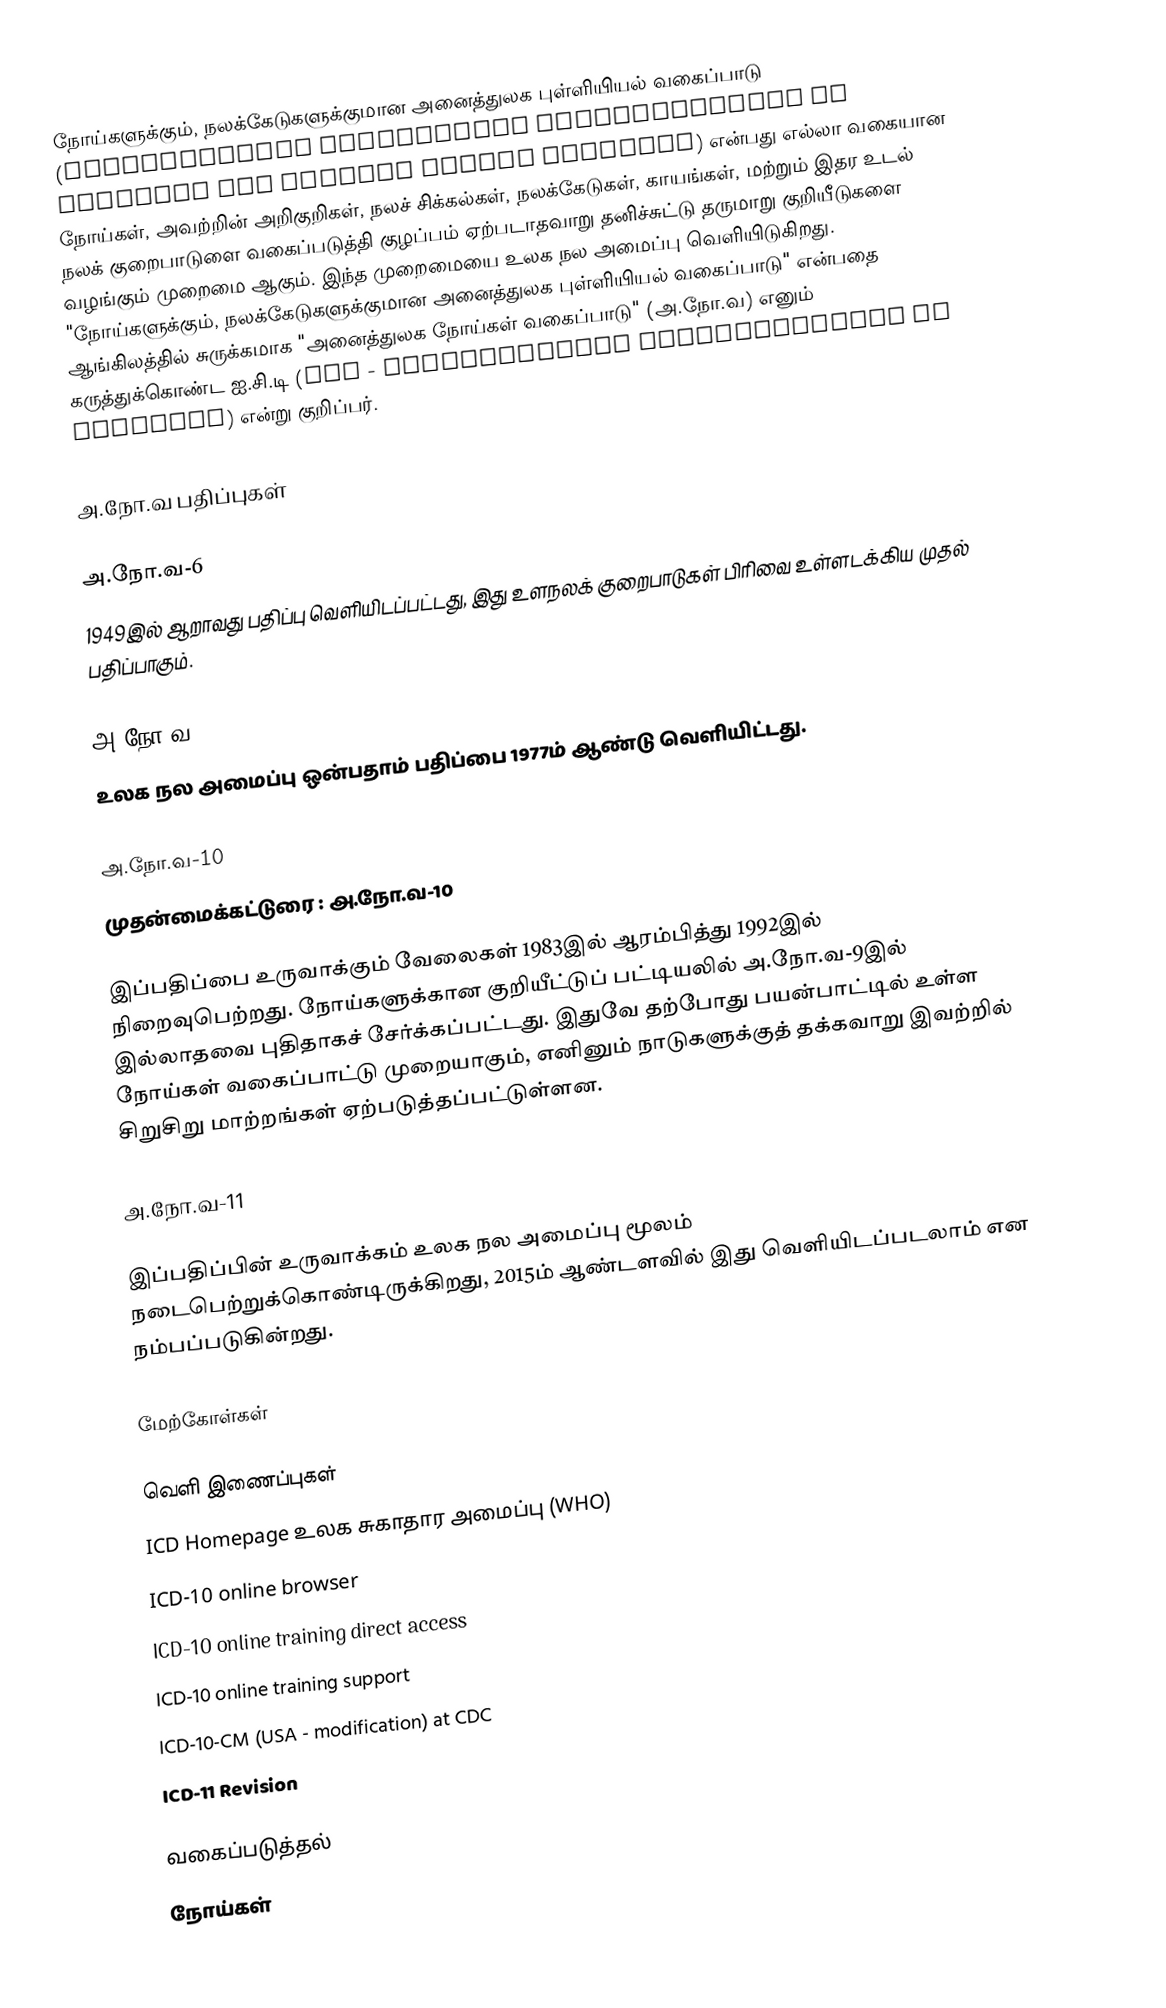
நோய்களுக்கும், நலக்கேடுகளுக்குமான அனைத்துலக புள்ளியியல் வகைப்பாடு (International Statistical Classification of Diseases and Related Health Problems) என்பது எல்லா வகையான நோய்கள், அவற்றின் அறிகுறிகள், நலச் சிக்கல்கள், நலக்கேடுகள், காயங்கள், மற்றும் இதர உடல் நலக் குறைபாடுளை வகைப்படுத்தி குழப்பம் ஏற்படாதவாறு தனிச்சுட்டு தருமாறு குறியீடுகளை வழங்கும் முறைமை ஆகும். இந்த முறைமையை உலக நல அமைப்பு வெளியிடுகிறது. "நோய்களுக்கும், நலக்கேடுகளுக்குமான அனைத்துலக புள்ளியியல் வகைப்பாடு"  என்பதை ஆங்கிலத்தில் சுருக்கமாக "அனைத்துலக நோய்கள் வகைப்பாடு" (அ.நோ.வ) எனும் கருத்துக்கொண்ட  ஐ.சி.டி (ICD - International Classifiaction of Diseases) என்று குறிப்பர்.

அ.நோ.வ பதிப்புகள்

அ.நோ.வ-6
1949இல் ஆறாவது பதிப்பு வெளியிடப்பட்டது, இது உளநலக் குறைபாடுகள் பிரிவை உள்ளடக்கிய முதல் பதிப்பாகும்.

அ.நோ.வ-9
உலக நல அமைப்பு ஒன்பதாம் பதிப்பை 1977ம் ஆண்டு வெளியிட்டது.

அ.நோ.வ-10
முதன்மைக்கட்டுரை : அ.நோ.வ-10

இப்பதிப்பை உருவாக்கும் வேலைகள் 1983இல் ஆரம்பித்து 1992இல் நிறைவுபெற்றது. நோய்களுக்கான குறியீட்டுப் பட்டியலில் அ.நோ.வ-9இல் இல்லாதவை புதிதாகச் சேர்க்கப்பட்டது. இதுவே தற்போது பயன்பாட்டில் உள்ள நோய்கள் வகைப்பாட்டு முறையாகும், எனினும் நாடுகளுக்குத் தக்கவாறு இவற்றில் சிறுசிறு மாற்றங்கள் ஏற்படுத்தப்பட்டுள்ளன.

அ.நோ.வ-11

இப்பதிப்பின் உருவாக்கம் உலக நல அமைப்பு மூலம் நடைபெற்றுக்கொண்டிருக்கிறது, 2015ம் ஆண்டளவில் இது வெளியிடப்படலாம் என நம்பப்படுகின்றது.

மேற்கோள்கள்

வெளி இணைப்புகள்
 ICD Homepage  உலக சுகாதார அமைப்பு (WHO)
 ICD-10 online browser
 ICD-10 online training direct access
 ICD-10 online training support
 ICD-10-CM (USA - modification) at CDC
 ICD-11 Revision

வகைப்படுத்தல்
நோய்கள்